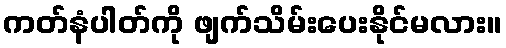
ကတ်နံပါတ်ကို ဖျက်သိမ်းပေးနိုင်မလား။